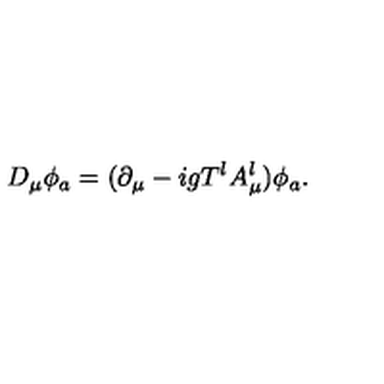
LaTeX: D _ { \mu } \phi _ { a } = ( \partial _ { \mu } - i g T ^ { l } A _ { \mu } ^ { l } ) \phi _ { a } .